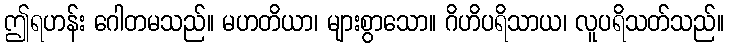
ဤရဟန်း ဂေါတမသည်။ မဟတိယာ၊ များစွာသော။ ဂိဟိပရိသာယ၊ လူပရိသတ်သည်။